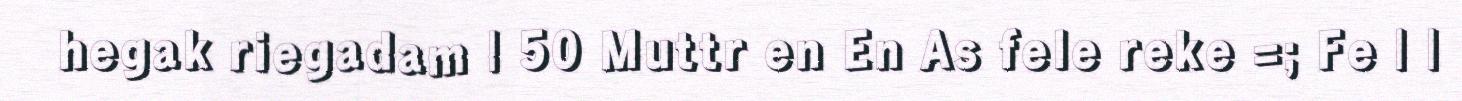
hegak riegadam | 50 Muttr en En As fele reke =; Fe | |